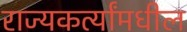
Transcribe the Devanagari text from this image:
राज्यकर्त्यांमधील